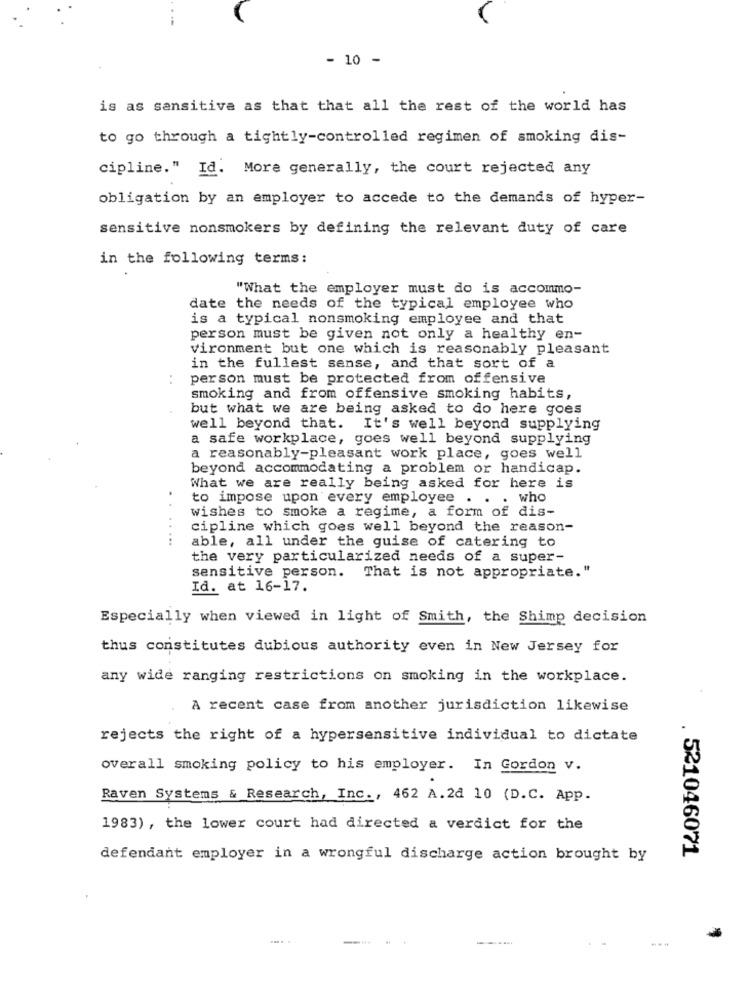
. 10 -
is as sensitiva as that that all the rest of the world has
to go through a tightly-controlled regimen of smoking dis-
cipline." Id. More generally, the court rejected any
obligation by an employer to accede to the demands of hyper-
sensitive nonsmokers by defining the relevant duty of care
in the following terms:
"What the employer must do is accommo-
date the needs of the typical employee who
is a typical nonsmoking employee and that
person must be given not only a healthy en-
vironment but one which is reasonably pleasant
in the fullest sense, and that sort of a
person must be protected from offensive
smoking and from offensive smoking habits,
but what we are being asked to do here goes
well beyond that. It's well beyond supplying
a safe workplace, goes well beyond supplying
a reasonably-pleasant work place, goes well
beyond accommodating a problem or handicap.
What we are really being asked for here is
to impose upon every employee . . . who
wishes to smoke a regime, a form of dis-
cipline which goes well beyond the reason-
...
able, all under the guise of catering to
the very particularized needs of a super-
sensitive person. That is not appropriate."
Id. at 16-17.
Especially when viewed in light of Smith, the Shimp decision
thus constitutes dubious authority even in New Jersey for
any wide ranging restrictions on smoking in the workplace.
A recent case from another jurisdiction likewise
rejects the right of a hypersensitive individual to dictate
overall smoking policy to his employer. In Gordon v.
Raven Systems & Research, Inc ., 462 A.24 10 (D.C. App.
1983) , the lower court had directed a verdict for the
. 521046071
defendant employer in a wrongful discharge action brought by